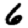
Digit: 6